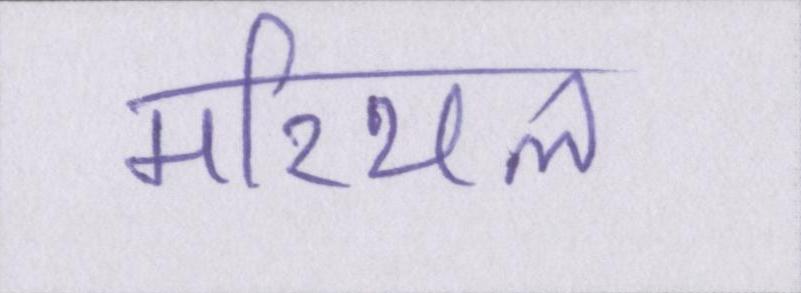
मरियल